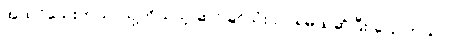
အထင်သေးတယ်၊ သူ့ကိုယ်သူ ဆင်ခြင်သုံးသပ်ရမယ်ဆိုပြီး ပြောတယ်။